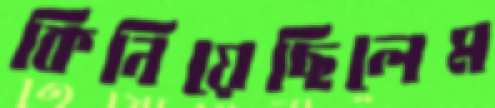
কিনিয়েছিলেম